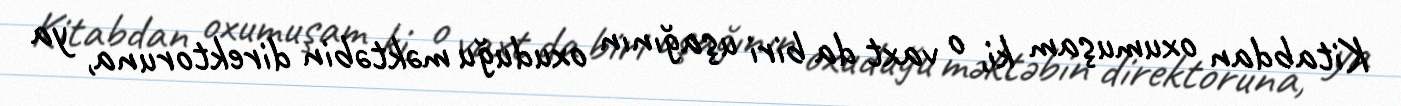
Kitabdan oxumuşam ki, o vaxt da biri uşağının oxuduğu məktəbin direktoruna, ya